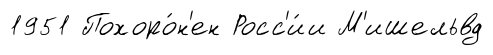
1951 Похоро́н'ен Росс'и́и М'ишельвд